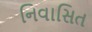
નિવાસિત